Punjab Mental Hospital Lahore 1932-46 - 1932-1946
Year: 1932
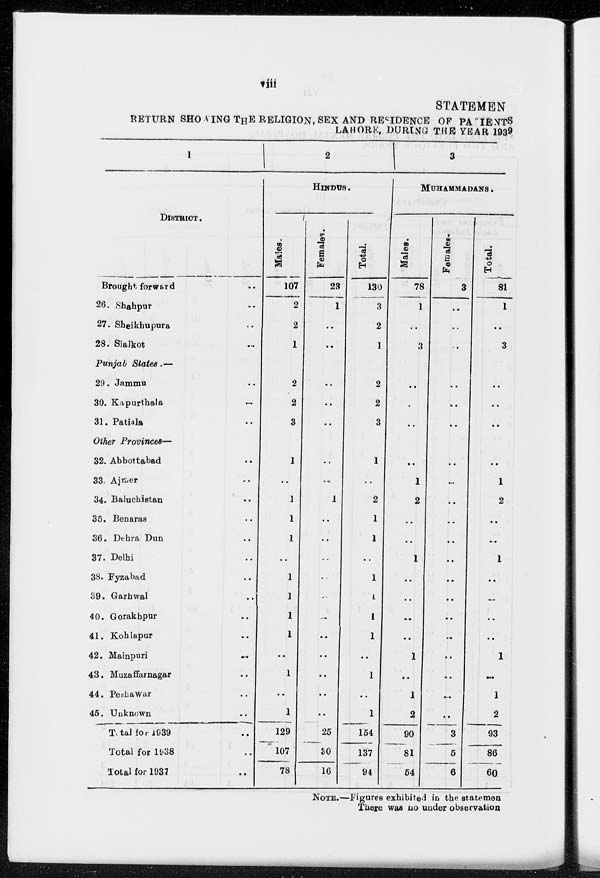
viii
STATEMENT
RETURN SHOWING THE RELIGION, SEX AND RESIDENCE OF PATIENTS
LAHORE, DURING THE YEAR 1939
1
DISTRICT.
Brought forward ..
26. Shahpur ..
27. Sheikhupura ..
28. Sialkot ..
Punjab
States.—
29. Jammu ..
30. Kapurthala ..
31. Patiala ..
Other Provinces—
32. Abbottabad ..
33. Ajmer ..
34. Baluchistan ..
35. Benaras ..
36. Dehra Dun ..
37. Delhi ..
38. Fyzabad ..
39. Garhwal ..
40. Gorakhpur ..
41. Kohlapur ..
42. Mainpuri ..
43. Muzaffarnagar ..
44. Peshawar ..
45. Unknown ..
Total for 1939 ..
Total for 1938 ..
Total for 1937 ..
2
HINDUS .
Males.
107
2
2
1
2
2
3
1
. .
1
1
1
. .
1
1
1
1
. .
1
. .
1
129
107
78
Females.
23
1
. .
. .
. .
. .
. .
. .
. .
1
. .
. .
. .
. .
. .
. .
. .
. .
. .
. .
. .
25
30
16
Total.
130
3
2
1
2
2
3
1
. .
2
1
1
. .
1
1
1
1
. .
1
. .
1
154
137
94
3
MUHAMMADANS .
Males.
78
1
. .
3
. .
. .
. .
. .
1
2
. .
. .
1
. .
. .
. .
. .
1
. .
1
2
90
81
54
Females.
3
. .
. .
. .
. .
. .
. .
. .
. .
. .
. .
. .
. .
. .
. .
. .
. .
. .
. .
. .
. .
3
5
6
Total.
81
1
. .
3
. .
. .
. .
. .
1
2
. .
. .
1
. .
. .
. .
. .
1
. .
1
2
93
86
60
NOTE.—Figures exhibited in the statement
There was no under observation